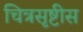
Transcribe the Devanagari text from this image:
चित्रसृष्टीस